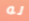
له